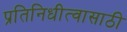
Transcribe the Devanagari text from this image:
प्रतिनिधीत्वासाठी